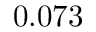
0 . 0 7 3